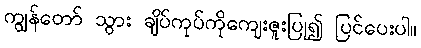
ကျွန်တော် သွား ချိပ်ကုပ်ကိုကျေးဇူးပြု၍ ပြင်ပေးပါ။